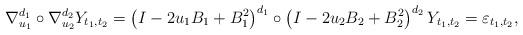
LaTeX: \begin{align*}\nabla^{d_{1}}_{u_{1}}\circ \nabla^{d_{2}}_{u_{2}}Y_{t_{1},t_{2}}=\left(I-2u_{1}B_{1}+B_{1}^{2}\right)^{d_{1}} \circ\left(I-2u_{2}B_{2}+B_{2}^{2}\right)^{d_{2}}Y_{t_{1},t_{2}}=\varepsilon_{t_{1},t_{2}}, \end{align*}